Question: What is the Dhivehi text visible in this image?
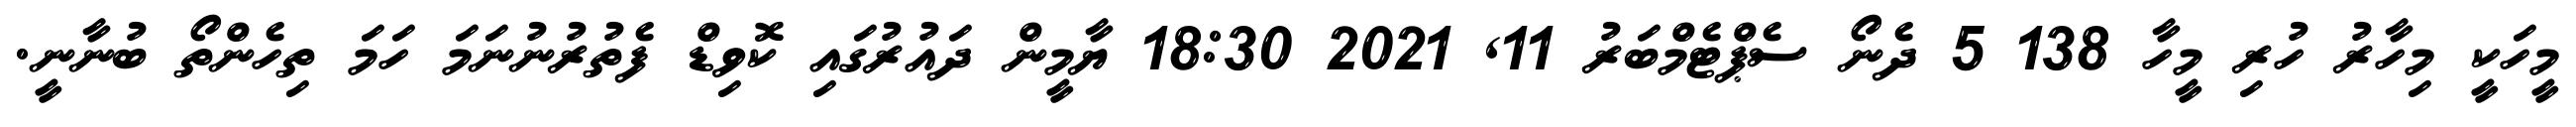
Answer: މީހަކީ މިހާރު ހުރި މީހާ 138 5 ދެނޯ ސެޕްޓެމްބަރު 11, 2021 18:30 ޔާމީން ދައުރުގައި ކޮވިޑް ފެތުރުނުނަމަ ހަމަ ތިހެންތޯ ބުނާނީ.